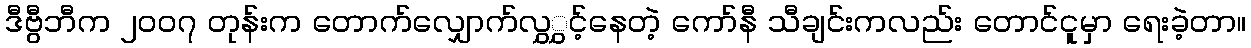
ဒီဗွီဘီက ၂၀၀၇ တုန်းက တောက်လျှောက်လွှွှင့်နေတဲ့ ကော်နီ သီချင်းကလည်း တောင်ငူမှာ ရေးခဲ့တာ။